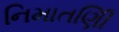
નિમાતણિી